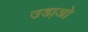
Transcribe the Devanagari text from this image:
उडा़ओ